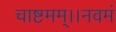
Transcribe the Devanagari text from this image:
चाष्टमम्।।नवमं